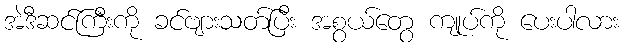
အဲဒီဆင်ကြီးကို ခင်ဗျားသတ်ပြီး အစွယ်တွေ ကျုပ်ကို ပေးပါလား